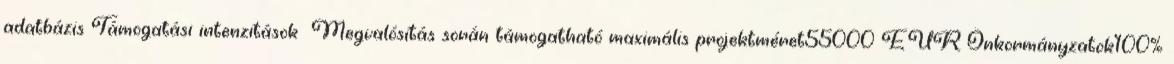
adatbázis Támogatási intenzitások ▪Megvalósítás során támogatható maximális projektméret55000 EUR▪Önkormányzatok100%